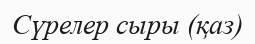
Сүрелер сыры (қаз)